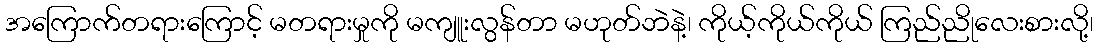
အကြောက်တရားကြောင့် မတရားမှုကို မကျူးလွန်တာ မဟုတ်ဘဲနဲ့၊ ကိုယ့်ကိုယ်ကိုယ် ကြည်ညိုလေးစားလို့၊